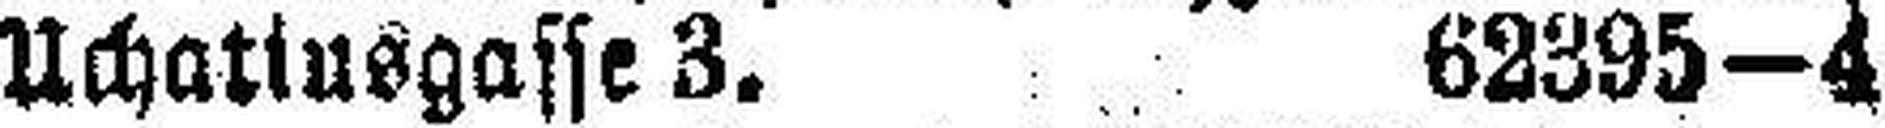
Uchatiusgasse 3. 62395—4